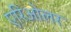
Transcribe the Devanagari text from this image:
एरिओलर